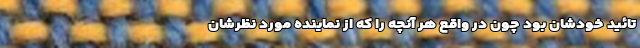
تائید خودشان بود چون در واقع هر آنچه را که از نماینده مورد نظرشان